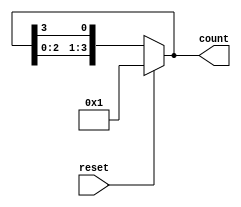
module async_ring_counter #(
    parameter N = 4 // Number of flip-flops in the ring counter
) (
    input wire reset,  // Active high reset signal
    output reg [N-1:0] count // Counter output
);

// Asynchronous reset and state transition logic
always @(*) begin
    if (reset) begin
        // Initialize the counter: only the first flip-flop is set to '1'
        count = 1'b1 << 0; // Set the first flip-flop (count[0]) to '1'
    end else begin
        // Ring counter operation: shift '1' to the next flip-flop
        count = {count[N-2:0], count[N-1]}; // Shift left and wrap around
    end
end

// For simulation purposes, we include an always block
// that triggers on any change in the count
always @(count) begin
    if (!reset) begin
        // This block will only be triggered under normal operation
        // Here you could potentially add a delay simulation if necessary
    end
end

endmodule